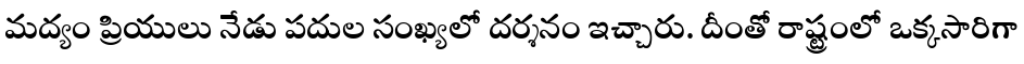
మద్యం ప్రియులు నేడు పదుల సంఖ్యలో దర్శనం ఇచ్చారు. దీంతో రాష్ట్రంలో ఒక్కసారిగా